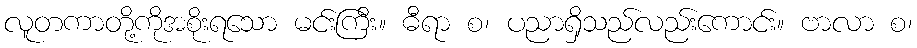
လူတကာတို့ကိုအစိုးရသော မင်းကြီး။ ဓီရာ စ၊ ပညာရှိသည်လည်းကောင်း။ ဗာလာ စ၊